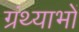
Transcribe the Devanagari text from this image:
ग्रंथ्याभों